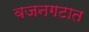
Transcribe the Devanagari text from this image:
वजनगटात